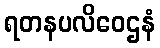
ရတနပလိဝေဌနံ